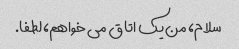
سلام، من یک اتاق می خواهم، لطفا.